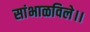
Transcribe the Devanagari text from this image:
सांभाळविले।।